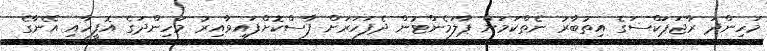
މަހިންދަ ރާޖަޕަކްސަގެ އިތުބާރު ނެތްކަމަށް ޕާލަމެންޓުން ދެފަހަރަށް ފާސްކޮށްފައިވާއިރު މަހިންދަގެ އޮފީހާއި އޭނާގެ